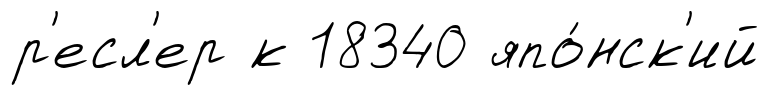
р'есл'ер к 18340 япо́нск'ий